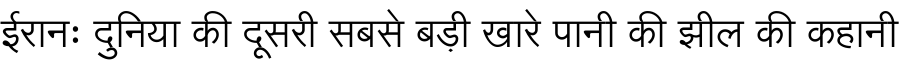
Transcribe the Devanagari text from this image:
ईरानः दुनिया की दूसरी सबसे बड़ी खारे पानी की झील की कहानी